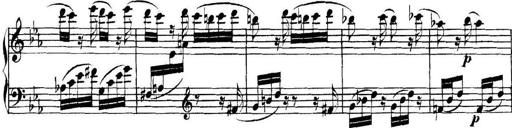
Title: Collected Piano Sonatas
Composer: Muzio Clementi